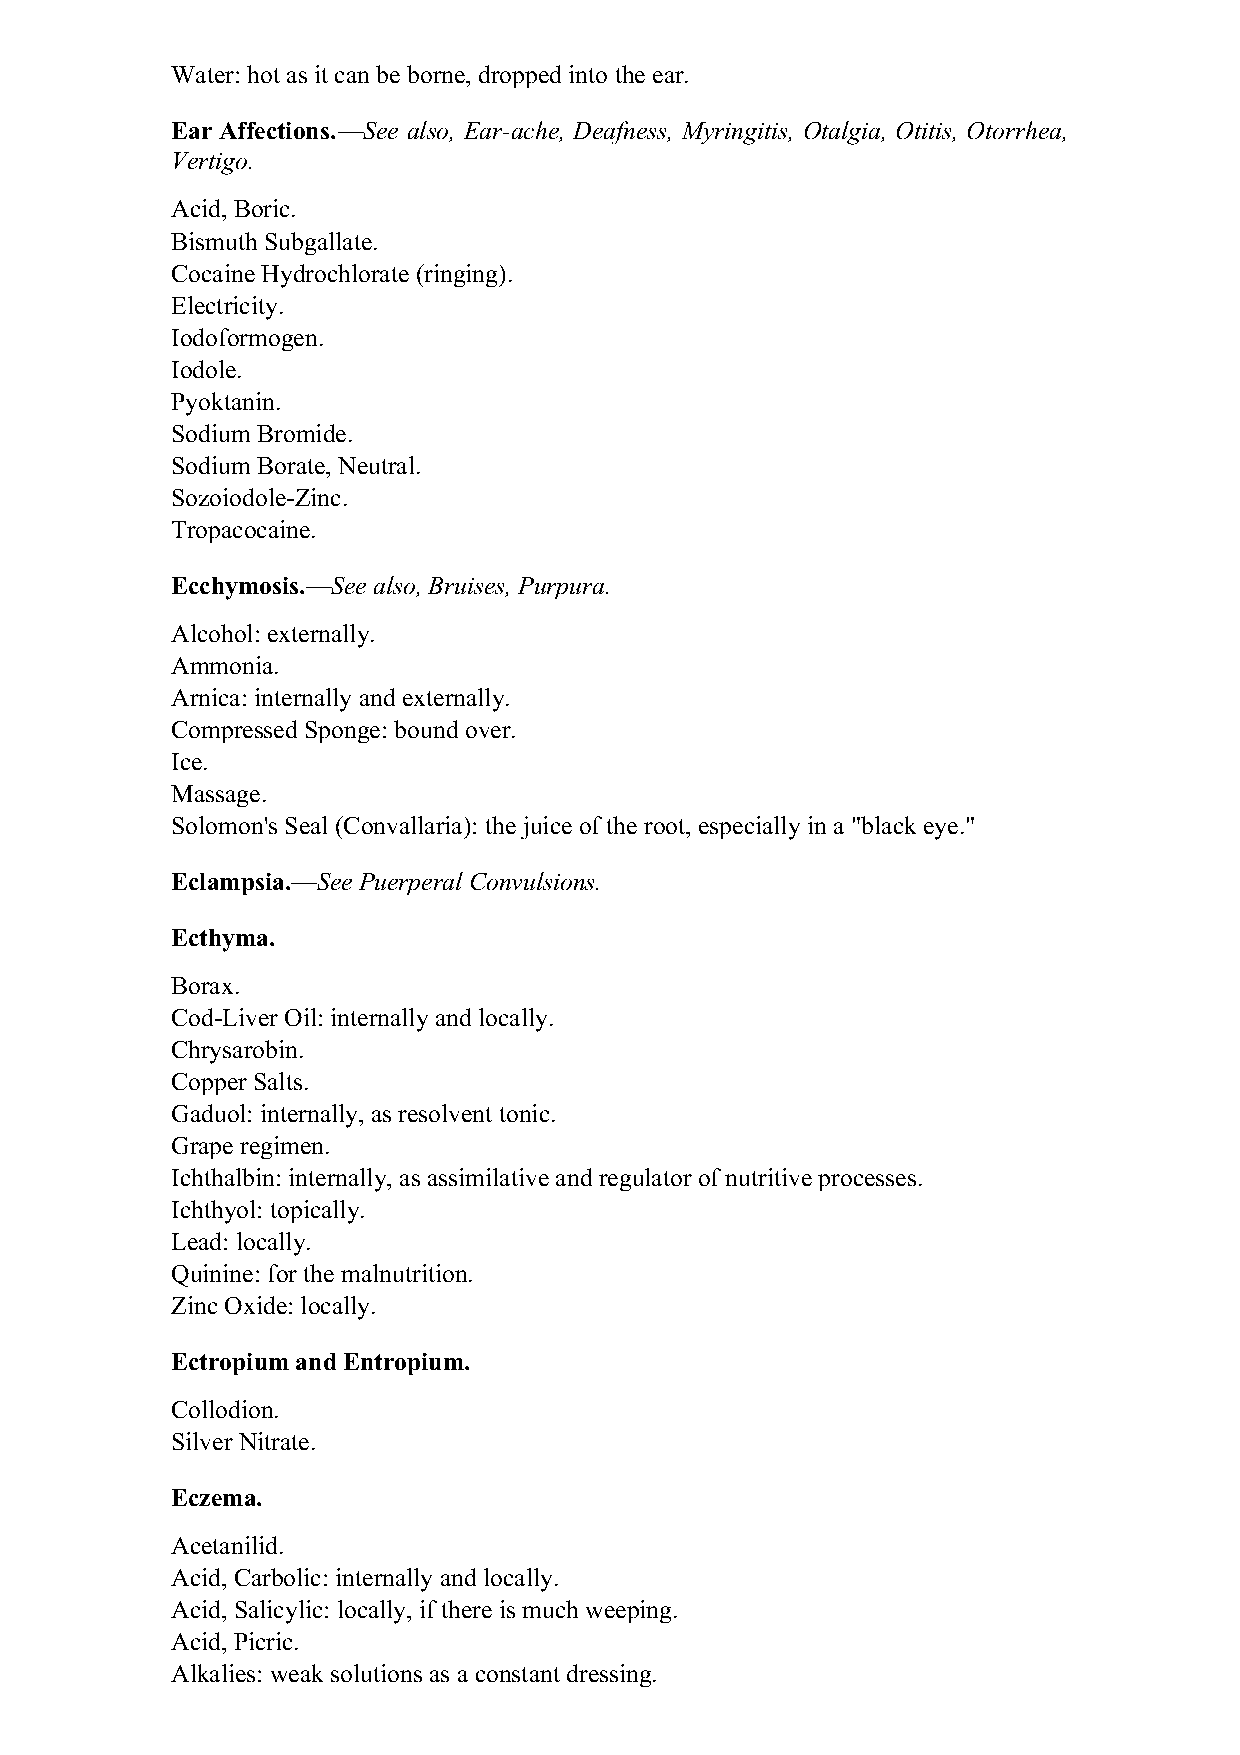
Water: hot as it can be borne, dropped into the ear.
 Ear Affections.—See also, Ear-ache, Deafness, Myringitis, Otalgia, Otitis, Otorrhea,
 Vertigo.
 Acid, Boric.
 Bismuth Subgallate.
 Cocaine Hydrochlorate (ringing).
 Electricity.
 Iodoformogen.
 Iodole.
 Pyoktanin.
 Sodium Bromide.
 Sodium Borate, Neutral.
 Sozoiodole-Zinc.
 Tropacocaine.
 Ecchymosis.—See also, Bruises, Purpura.
 Alcohol: externally.
 Ammonia.
 Arnica: internally and externally.
 Compressed Sponge: bound over.
 Ice.
 Massage.
 Solomon's Seal (Convallaria): the juice of the root, especially in a "black eye."
 Eclampsia.—See Puerperal Convulsions.
 Ecthyma.
 Borax.
 Cod-Liver Oil: internally and locally.
 Chrysarobin.
 Copper Salts.
 Gaduol: internally, as resolvent tonic.
 Grape regimen.
 Ichthalbin: internally, as assimilative and regulator of nutritive processes.
 Ichthyol: topically.
 Lead: locally.
 Quinine: for the malnutrition.
 Zinc Oxide: locally.
 Ectropium and Entropium.
 Collodion.
 Silver Nitrate.
 Eczema.
 Acetanilid.
 Acid, Carbolic: internally and locally.
 Acid, Salicylic: locally, if there is much weeping.
 Acid, Picric.
 Alkalies: weak solutions as a constant dressing.